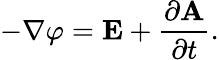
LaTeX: -\nabla\varphi=\mathbf{E}+{\frac{\partial\mathbf{A}}{\partial t}}.